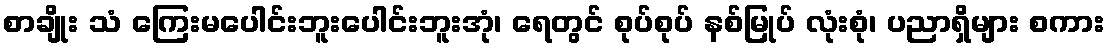
စာချိုး သံ ကြေးမပေါင်းဘူးပေါင်းဘူးအုံ၊ ရေတွင် စုပ်စုပ် နစ်မြုပ် လုံးစုံ၊ ပညာရှိများ စကား